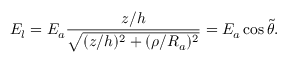
E _ { l } = E _ { a } \frac { z / h } { \sqrt { ( z / h ) ^ { 2 } + ( \rho / R _ { a } ) ^ { 2 } } } = E _ { a } \cos \tilde { \theta } .